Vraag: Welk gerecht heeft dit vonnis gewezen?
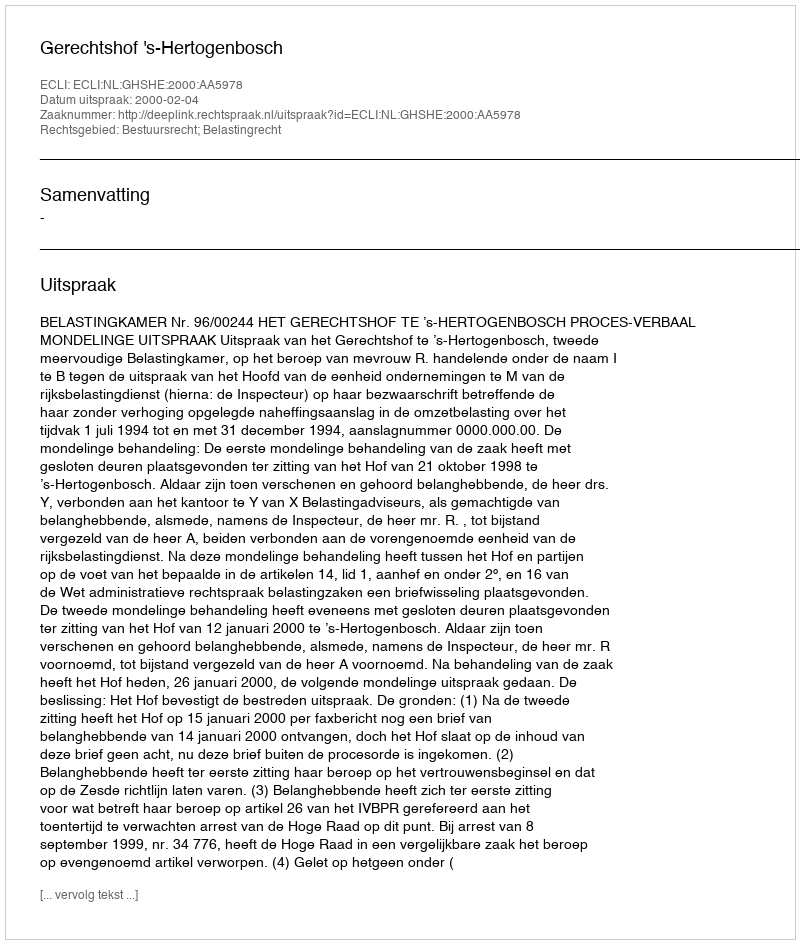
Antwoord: Gerechtshof 's-Hertogenbosch